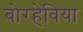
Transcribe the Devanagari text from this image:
बोरहेविया